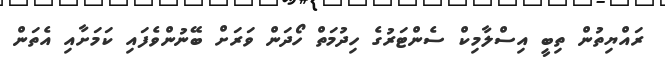
ރައްޔިތުން ތިބީ އިސްލާމިކް ސެންޓަރުގެ ހިދުމަތް ހޯދަން ވަރަށް ބޭނުންވެފައި ކަމަށާއި އެތަން